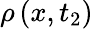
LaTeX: \rho\left(x,t_{2}\right)